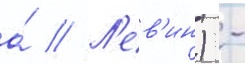
а́ // Л'ев'ин) -